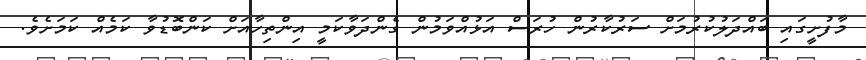
މާފުށީގައި ބައްދަލުކުރުމަށް ސަރުކާރުން ހުރަސް އަޅުއްވަމުން ގެންދަވާކަމީ އިންތިހާއަށް ކަންބޮޑުވާ ކަމެއް ކަމަށެވެ.